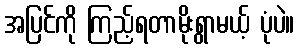
အပြင်ကို ကြည့်ရတာမိုးရွာမယ့် ပုံပဲ။